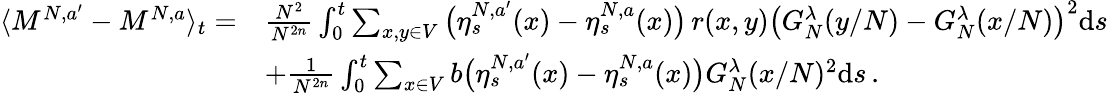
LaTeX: \begin{array}{rl}{\langle M^{N,a^{\prime}}-M^{N,a}\rangle_{t}=}&{\frac{N^{2}}{N^{2n}}\int_{0}^{t}\sum_{x,y\in V}\big(\eta_{s}^{N,a^{\prime}}(x)-\eta_{s}^{N,a}(x)\big)\, r(x,y)\left(G_{N}^{\lambda}(y/N)-G_{N}^{\lambda}(x/N)\right)^{2}\mathrm{d}s}\\ &{+\frac{1}{N^{2n}}\int_{0}^{t}\sum_{x\in V}b\big(\eta_{s}^{N,a^{\prime}}(x)-\eta_{s}^{N,a}(x)\big)G_{N}^{\lambda}(x/N)^{2}\mathrm{d}s\, .}\end{array}